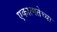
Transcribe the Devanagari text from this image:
एकात्मतेच्या